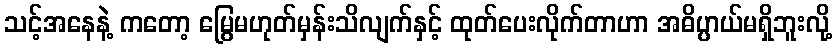
သင့်အနေနဲ့ ကတော့ မြွေမဟုတ်မှန်းသိလျက်နှင့် ထုတ်ပေးလိုက်တာဟာ အဓိပ္ပာယ်မရှိဘူးလို့